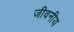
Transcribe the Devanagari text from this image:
जीवनीय